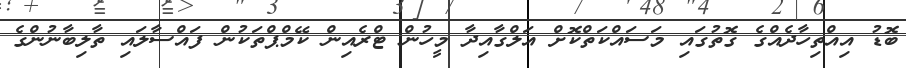
ބޮޑު އިއްތިހާދެއްގެ ގޮތުގައި މަސައްކަތްކޮށް އަލްގާއިދާ މީހުން ޓްރެއިން ކޭމްޕްތަކުން ފައްސާލައި ތާލިބާނުންގެ